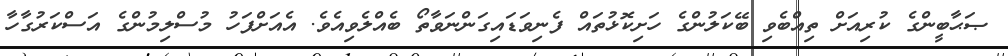
ޞަޙާބީންގެ ކުރިއަށް ތިއްބެވި ބޭކަލުންގެ ހަށިކޮޅުތައް ފެނިވަޑައިގަންނަވާތޯ ބެއްލެވިއެވެ. އެއަށްފަހު މުސްލިމުންގެ އަސްކަރުގާހާ